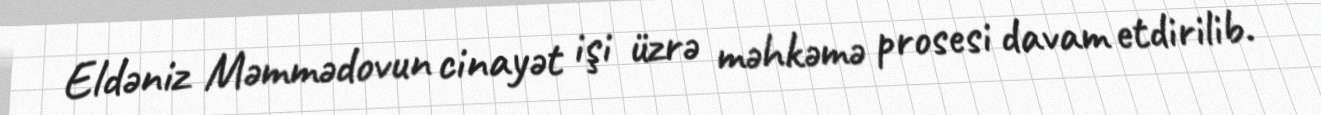
Eldəniz Məmmədovun cinayət işi üzrə məhkəmə prosesi davam etdirilib.